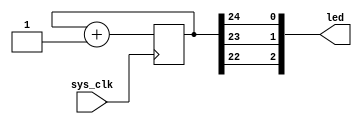
`default_nettype none   //do not allow undeclared wires

module blinky (
    input  wire sys_clk,
    output wire[2:0] led
    );

    reg [24:0] r_count = 0;

    always @(posedge(sys_clk)) r_count <= r_count + 1;

    assign led[0] = r_count[24];
    assign led[1] = r_count[23];
    assign led[2] = r_count[22];   

endmodule